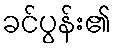
ခင်ပွန်း၏